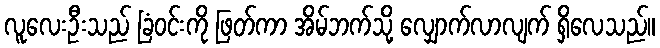
လူလေးဦးသည် ခြံဝင်းကို ဖြတ်ကာ အိမ်ဘက်သို့ လျှောက်လာလျက် ရှိလေသည်။